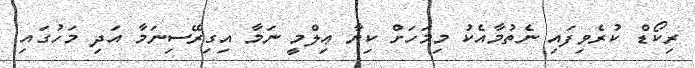
ރިކޯޑް ކުރެވިފައި ނެތުމާއެކު މިމަހަަށް ކިޔާ ޢިލްމީ ނަމާ އިގިރޭސިނަމާ އަދި މަހުގައި